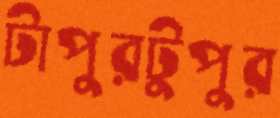
টাপুরটুপুর